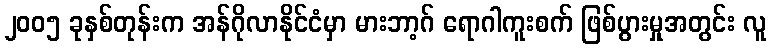
၂၀၀၅ ခုနှစ်တုန်းက အန်ဂိုလာနိုင်ငံမှာ မားဘာ့ဂ် ရောဂါကူးစက် ဖြစ်ပွားမှုအတွင်း လူ